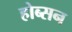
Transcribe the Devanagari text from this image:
होब्सन